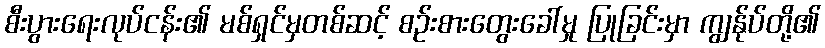
စီးပွားရေးလုပ်ငန်း၏ မစ်ရှင်မှတစ်ဆင့် စဉ်းစားတွေးခေါ်မှု ပြုခြင်းမှာ ကျွန်ုပ်တို့၏